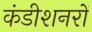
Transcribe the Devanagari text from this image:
कंडीशनरों